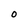
Character: 0